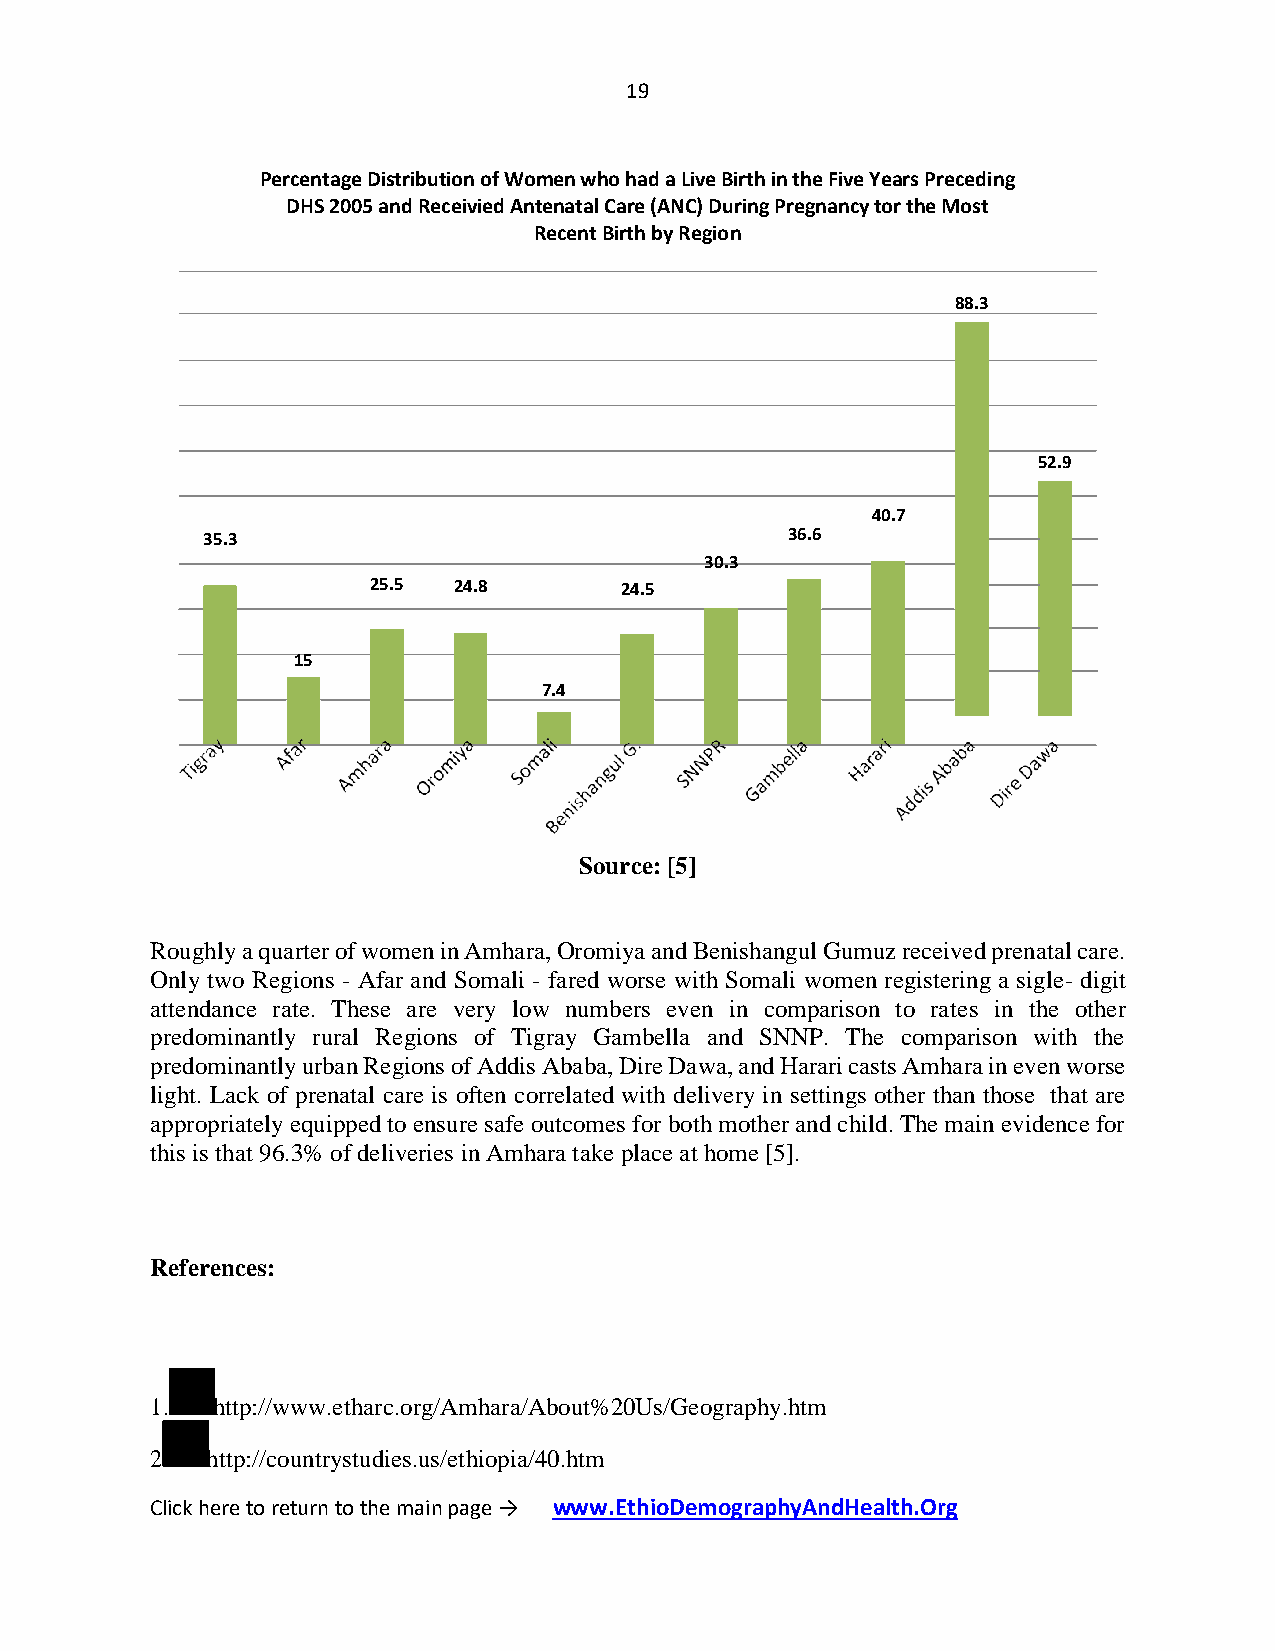
19
 Percentage Distribution of Women who had a Live Birth in the Five Years Preceding
 DHS 2005 and Receivied Antenatal Care (ANC) During Pregnancy tor the Most
 Recent Birth by Region
 88.3
 52.9
 40.7
 35.3                                   36.6
 30.3
 25.5 24.8       24.5
 15
 7.4
 Source: [5]
 Roughly a quarter of women in Amhara, Oromiya and Benishangul Gumuz received prenatal care.
 Only two Regions - Afar and Somali - fared worse with Somali women registering a sigle- digit
 attendance rate. These are very low numbers even in comparison to rates in the other
 predominantly rural Regions of Tigray Gambella and SNNP. The comparison with the
 predominantly urban Regions of Addis Ababa, Dire Dawa, and Harari casts Amhara in even worse
 light. Lack of prenatal care is often correlated with delivery in settings other than those that are
 appropriately equipped to ensure safe outcomes for both mother and child. The main evidence for
 this is that 96.3% of deliveries in Amhara take place at home [5].
 References:
 1.  http://www.etharc.org/Amhara/About%20Us/Geography.htm
 2   http://countrystudies.us/ethiopia/40.htm
 Click here to return to the main page → www.EthioDemographyAndHealth.Org